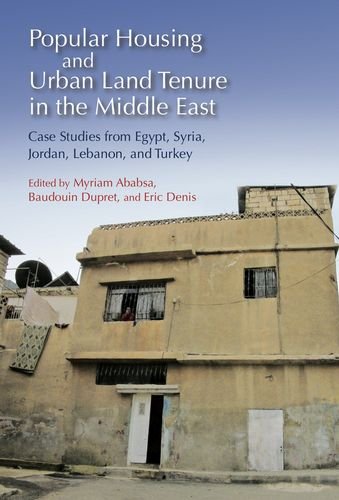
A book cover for Popular Housing and Urban Land Tenure in the Middle East: Case Studies from Egypt, Syria, Jordan, Lebanon, and Turkey; History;